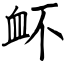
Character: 衃